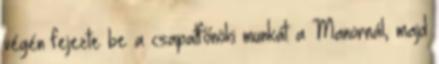
végén fejezte be a csapatfőnöki munkát a Manornál, majd